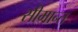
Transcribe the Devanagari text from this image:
सीमान्‍त